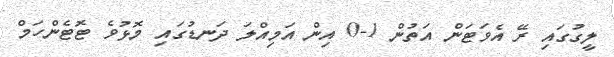
ލީގުގައި ރޭ އެވަޓަން އަތުން 1-0 އިން އަމިއްލަ ދަނޑުގައި މޮޅުވެ ޓޮޓެންހަމް